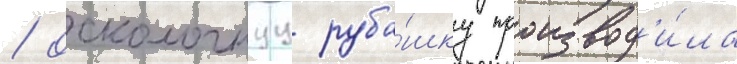
/ осколочнуу руба́шку производ'и́ла